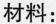
材料：